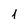
Character: 1